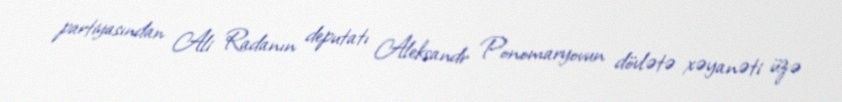
partiyasından Ali Radanın deputatı Aleksandr Ponomaryovun dövlətə xəyanəti üzə